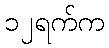
၁၂ရက်က